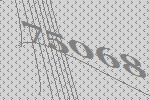
75068